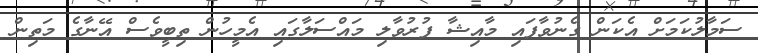
ސަމާލުކަމަށް އެކަން ގެނުވާފައި މާއިޝާ ފުރުވާލި މައްސަލާގައި އެމީހުން ތިބީވެސް އޭނާގެ މަތިން